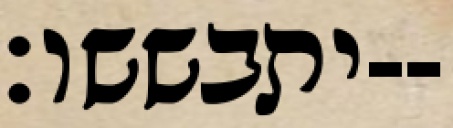
יתבששו׃--